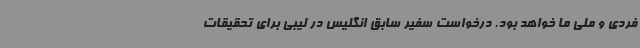
فردی و ملی ما خواهد بود. درخواست سفیر سابق انگلیس در لیبی برای تحقیقات